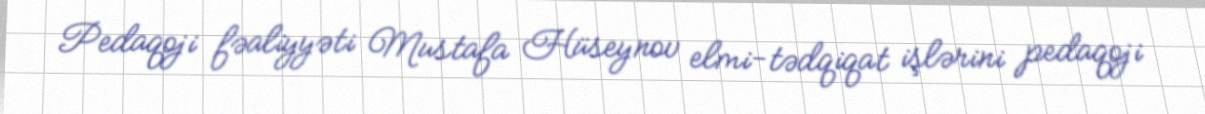
Pedaqoji fəaliyyəti Mustafa Hüseynov elmi-tədqiqat işlərini pedaqoji